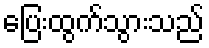
ပြေးထွက်သွားသည်